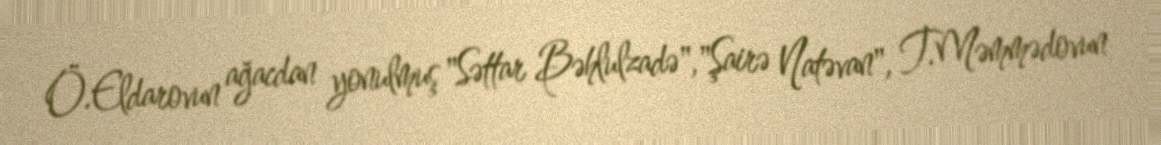
Ö.Eldarovun ağacdan yonulmuş "Səttar Bəhlulzadə","Şairə Natəvan", T.Məmmədovun